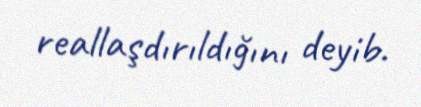
reallaşdırıldığını deyib.